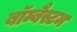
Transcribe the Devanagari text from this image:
बॉम्बैस्टम